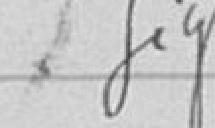
Signé :